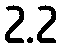
2.2